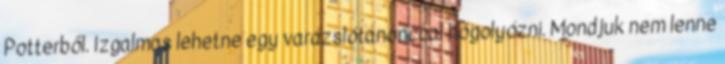
Potterből. Izgalmas lehetne egy varázslótanonccal hógolyózni. Mondjuk nem lenne